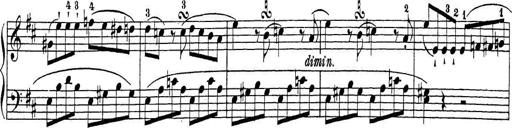
Title: Sonatina Album
Composer: Louis KÃ¶hler